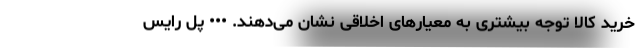
خرید کالا توجه بیشتری به معیارهای اخلاقی نشان می‌دهند. ••• پل رایس